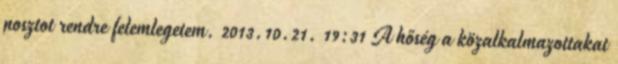
posztot rendre felemlegetem. 2013.10.21. 19:31 A hőség a közalkalmazottakat